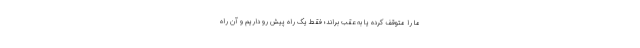
ما را متوقف کرده یا به عقب براند؛ فقط یک راه پیش رو داریم و آن راه